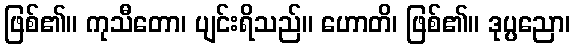
ဖြစ်၏။ ကုသီတော၊ ပျင်းရိသည်။ ဟောတိ၊ ဖြစ်၏။ ဒုပ္ပညော၊